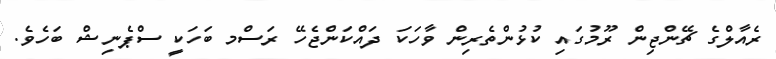
ރެއާލްގެ ޗޭންޖިން ރޫމުގައި ކުޅުންތެރިން ވާހަކަ ދައްކަންޖެހޭ ރަސްމ ބަހަކީ ސްޕެނިޝް ބަހެވެ.